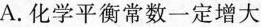
A.化学平衡常数一定增大